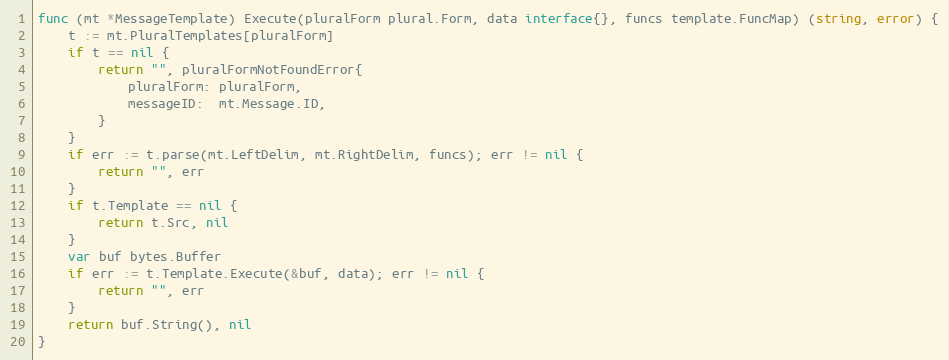
Language: Go
func (mt *MessageTemplate) Execute(pluralForm plural.Form, data interface{}, funcs template.FuncMap) (string, error) {
	t := mt.PluralTemplates[pluralForm]
	if t == nil {
		return "", pluralFormNotFoundError{
			pluralForm: pluralForm,
			messageID:  mt.Message.ID,
		}
	}
	if err := t.parse(mt.LeftDelim, mt.RightDelim, funcs); err != nil {
		return "", err
	}
	if t.Template == nil {
		return t.Src, nil
	}
	var buf bytes.Buffer
	if err := t.Template.Execute(&buf, data); err != nil {
		return "", err
	}
	return buf.String(), nil
}